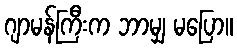
ဂျာမန်ကြီးက ဘာမျှ မပြော။